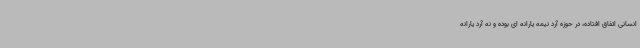
انسانی اتفاق افتاده، در حوزه آرد نیمه یارانه ای بوده و نه آرد یارانه